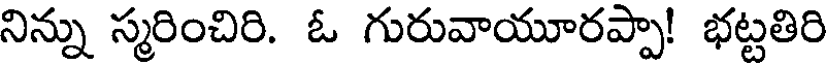
నిన్ను స్మరించిరి. ఓ గురువాయూరప్పా! భట్టతిరి